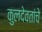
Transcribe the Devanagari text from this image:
कुलदेवतांचे